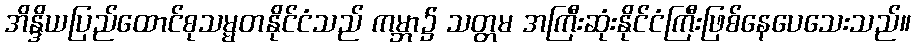
အိန္ဒိယပြည်ထောင်စုသမ္မတနိုင်ငံသည် ကမ္ဘာ၌ သတ္တမ အကြီးဆုံးနိုင်ငံကြီးဖြစ်နေပေသေးသည်။